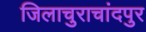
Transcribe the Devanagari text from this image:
जिलाचुराचांदपुर